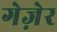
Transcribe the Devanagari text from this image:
गेज़ेर